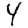
Digit: 4